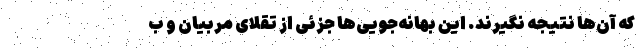
که آن‌ها نتیجه نگیرند. این بهانه‌جویی‌ها جزئی از تقلای مربیان و ب